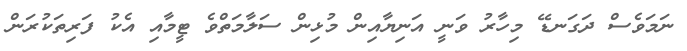
ނަމަވެސް ދަގަނޑޭ މިހާރު ވަނީ އަނިޔާއިން މުޅިން ސަލާމަތްވެ ޓީމާއި އެކު ފަރިތަކުރަން